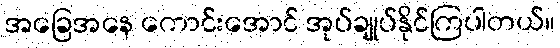
အခြေအနေ ကောင်းအောင် အုပ်ချုပ်နိုင်ကြပါတယ်။